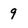
Character: 9